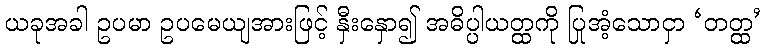
ယခုအခါ ဥပမာ ဥပမေယျအားဖြင့် နှီးနှော၍ အဓိပ္ပါယတ္ထကို ပြုအံ့သောငှာ ‘တတ္ထ’